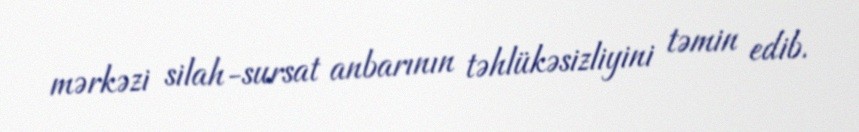
mərkəzi silah-sursat anbarının təhlükəsizliyini təmin edib.